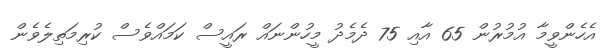
އެހެންވީމާ އުމުރުން 65 އާއި 75 ދެމެދު މީހުންނައް ރައީސް ކަމައްވެސް ކުރިމަތިލެވެން